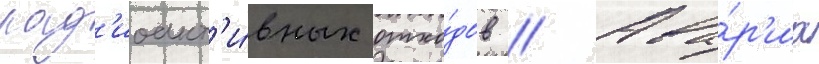
рад'иоакт'и́вных отхо́дов // Ава́р'иа